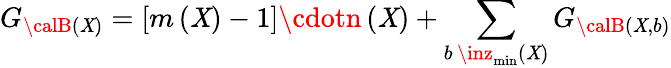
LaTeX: G_{{\calB}\left(\mathit{X}\right)}=\left[m\left(\mathit{X}\right)-1\right]\cdotn\left(\mathit{X}\right)+\sum_{b\, \inz_{\operatorname*{min}}\left(\mathit{X}\right)}G_{{\calB}\left(\mathit{X},b\right)}